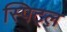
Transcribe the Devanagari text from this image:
स्पिट्ल